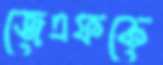
জেএফকে